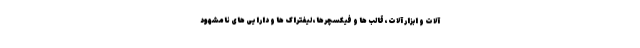
آلات و ابزار آلات، قالب ها و فیکسچرها، لیفتراک ها و دارایی های نامشهود